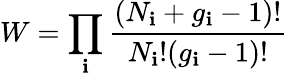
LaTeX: W=\prod_{\mathbf{i}}{\frac{{(N_{\mathbf{i}}+g_{\mathbf{i}}-1)!}}{{N_{\mathbf{i}}!(g_{\mathbf{i}}-1)!}}}